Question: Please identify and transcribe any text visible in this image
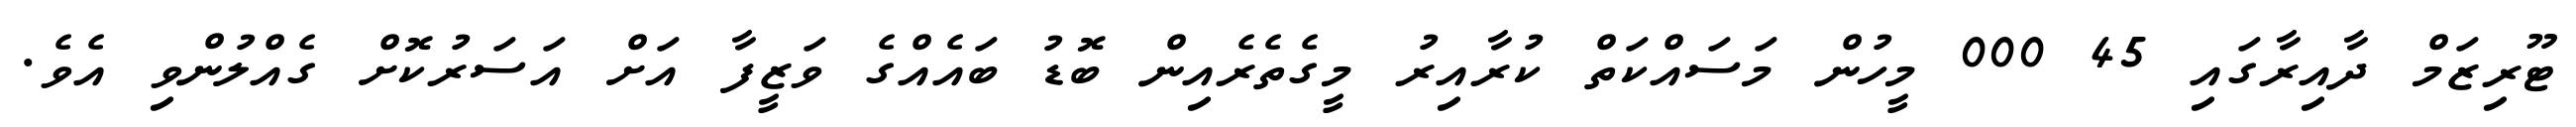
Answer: ޓޫރިޒަމް ދާއިރާގައި 45 000 މީހުން މަސައްކަތް ކުރާއިރު މީގެތެރެއިން ބޮޑު ބައެއްގެ ވަޒީފާ އަށް އަސަރުކޮށް ގެއްލުންވި އެވެ.